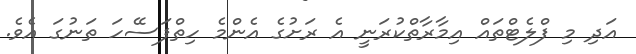
އަދި މި ފްލެޓްތައް އިމާރާތްކުރަނީ އެ ރަށުގެ އެންމެ ހިތްފަސޭހަ ތަނުގަ އެވެ.